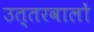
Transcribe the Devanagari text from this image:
उत्तरवालों